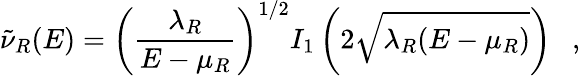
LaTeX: \tilde{\nu}_{R}(E)=\left({\frac{\lambda_{R}}{E-\mu_{R}}}\right)^{1/2}I_{1}\left(2\sqrt{\lambda_{R}(E-\mu_{R})}\right)~~~,